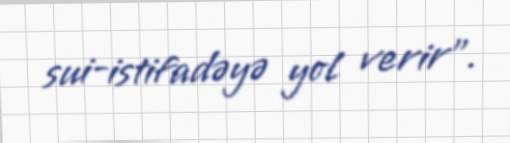
sui-istifadəyə yol verir”.